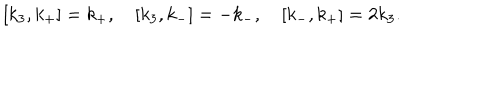
LaTeX: [ k _ { 3 } , k _ { + } ] = k _ { + } , \quad [ k _ { 3 } , k _ { - } ] = - k _ { - } , \quad [ k _ { - } , k _ { + } ] = 2 k _ { 3 } .